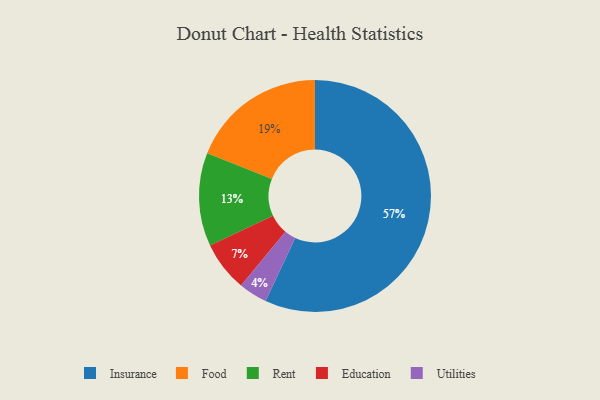
{"axis": {"x": "Category", "y": "Percentage"}, "legend": ["Education", "Food", "Insurance", "Rent", "Utilities"], "data": [{"x": "Insurance", "y": 57, "type": "Insurance"}, {"x": "Education", "y": 7, "type": "Education"}, {"x": "Food", "y": 19, "type": "Food"}, {"x": "Utilities", "y": 4, "type": "Utilities"}, {"x": "Rent", "y": 13, "type": "Rent"}]}